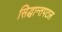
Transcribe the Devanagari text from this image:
सिद्धान्तपटल